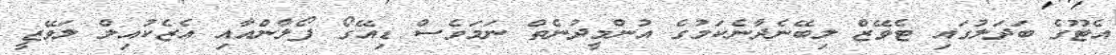
އެޓޫގެ ބަދަލުގައި ޓެވޭޒް ލިބޭނެދާނެކަމުގެ އުންމީދުނެތް ނަމަވެސް ޑިއޭގޯ ފޯލާންއާއި އެޒެކުއިލް ލަވޭޒީ